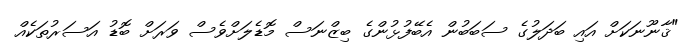
"ޤާނޫނަކަށް އައި ބަދަލުގެ ސަބަބުން އެބޭފުޅުންގެ ބިޒްނަސް މޮޑެލަށްވެސް ވަރަށް ބޮޑު އަސަރުތަކެއް